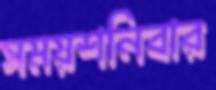
সময়শনিবার